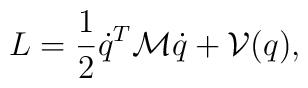
L=\frac 12 \dot{q}^T{\cal M}\dot{q}+{\cal V}(q),